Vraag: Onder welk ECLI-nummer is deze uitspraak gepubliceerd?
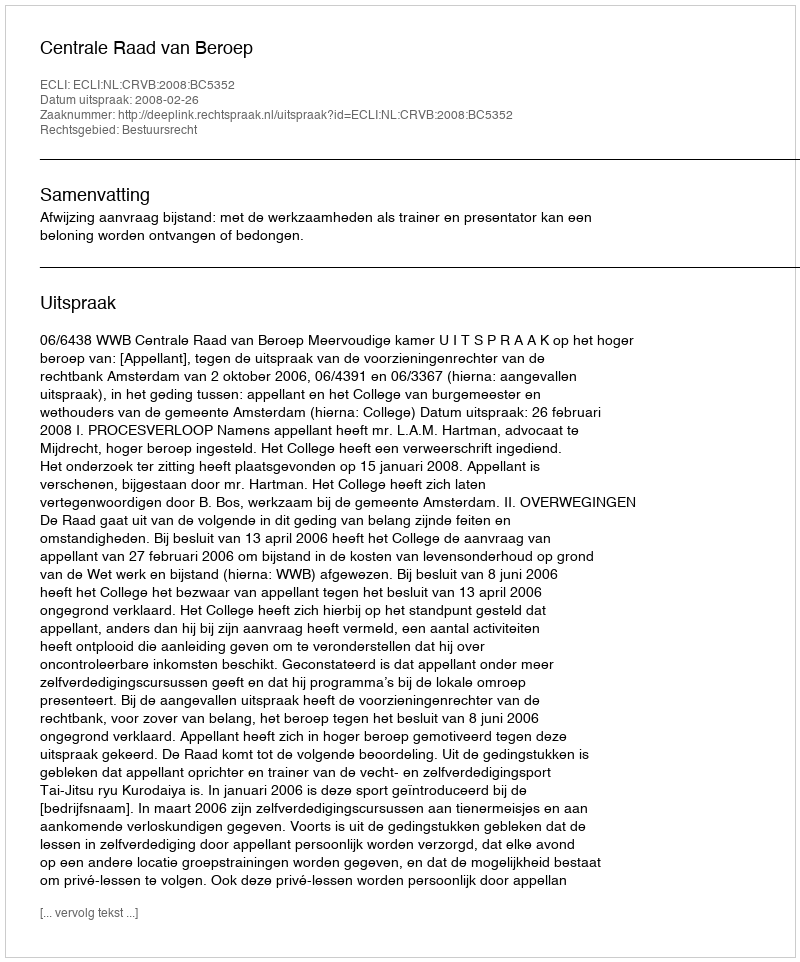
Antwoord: ECLI:NL:CRVB:2008:BC5352